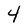
Character: 4